Vaccination in Bombay 1863-1868 - 1863-1868
Year: 1863
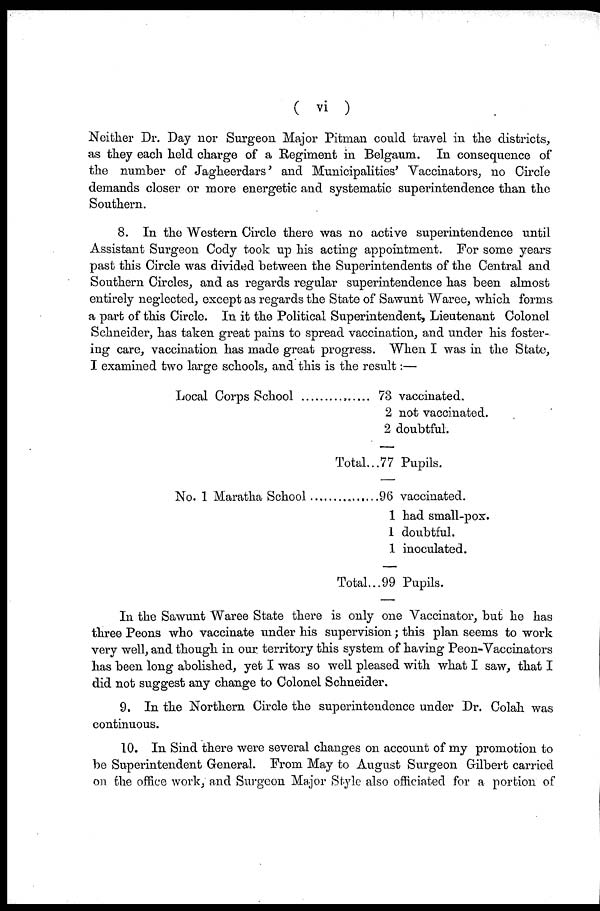
( vi )
Neither Dr. Day nor Surgeon Major Pitman could travel in the districts,
as they each held charge of a Regiment in Belgaum. In consequence of
the number of Jagheerdars' and Municipalities' Vaccinators, no Circle
demands closer or more energetic and systematic superintendence than the
Southern.
8. In the Western Circle there was no active superintendence until
Assistant Surgeon Cody took up his acting appointment. For some years
past this Circle was divided between the Superintendents of the Central and
Southern Circles, and as regards regular superintendence has been almost
entirely neglected, except as regards the State of Sawunt Waree, which forms
a part of this Circle. In it the Political Superintendent, Lieutenant Colonel
Schneider, has taken great pains to spread vaccination, and under his foster-
ing care, vaccination has made great progress. When I was in the State,
I examined two large schools, and this is the result:—
Local Corps School .................
Total...
73 vaccinated.
2 not vaccinated.
2 doubtful.
77 Pupils.
No. 1 Maratha School .................
Total...
96 vaccinated.
1 had small-pox.
1 doubtful.
1 inoculated.
99 Pupils.
In the Sawunt Waree State there is only one Vaccinator, but he has
three Peons who vaccinate under his supervision; this plan seems to work
very well, and though in our territory this system of having Peon-Vaccinators
has been long abolished, yet I was so well pleased with what I saw, that I
did not suggest any change to Colonel Schneider.
9. In the Northern Circle the superintendence under Dr. Colah was
continuous.
10. In Sind there were several changes on account of my promotion to
be Superintendent General. From May to August Surgeon Gilbert carried
on the office work, and Surgeon Major Style also officiated for a portion of